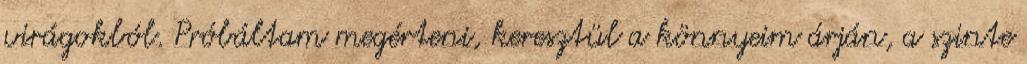
virágokból. Próbáltam megérteni, keresztül a könnyeim árján, a szinte